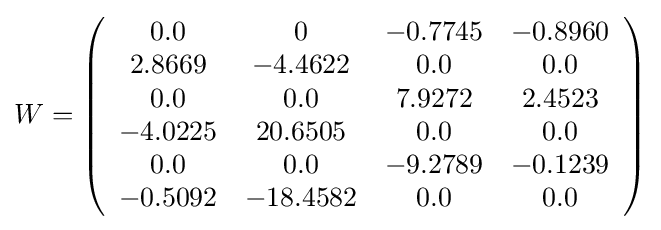
W=\left({\begin{array}{cccc}0.0&0&-0.7745&-0.8960\\2.8669&-4.4622&0.0&0.0\\0.0&0.0&7.9272&2.4523\\-4.0225&20.6505&0.0&0.0\\0.0&0.0&-9.2789&-0.1239\\-0.5092&-18.4582&0.0&0.0\end{array}}\right)